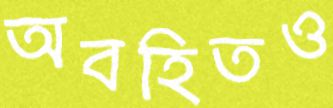
অবহিতও